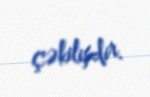
çəkilişdir.